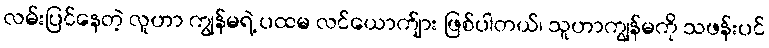
လမ်းပြင်နေတဲ့ လူဟာ ကျွန်မရဲ့ ပထမ လင်ယောက်ျား ဖြစ်ပါတယ်၊ သူဟာကျွန်မကို သဖန်းပင်